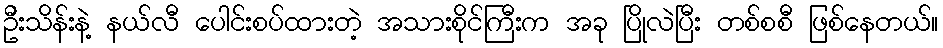
ဦးသိန်းနဲ့ နယ်လီ ပေါင်းစပ်ထားတဲ့ အသားစိုင်ကြီးက အခု ပြိုလဲပြီး တစ်စစီ ဖြစ်နေတယ်။